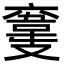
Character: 𩎮